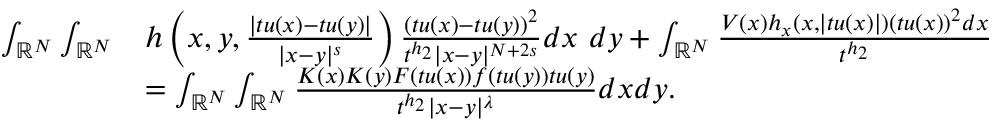
\begin{array} { r l } { \int _ { { \mathbb R } ^ { N } } \int _ { { \mathbb R } ^ { N } } } & { h \left( x , y , \frac { | t u ( x ) - t u ( y ) | } { | x - y | ^ { s } } \right) \frac { ( t u ( x ) - t u ( y ) ) ^ { 2 } } { t ^ { h _ { 2 } } | x - y | ^ { N + 2 s } } d x \ d y + \int _ { { \mathbb R } ^ { N } } \frac { V ( x ) h _ { x } ( x , | t u ( x ) | ) ( t u ( x ) ) ^ { 2 } d x } { t ^ { h _ { 2 } } } } \\ & { = \int _ { { \mathbb R } ^ { N } } \int _ { { \mathbb R } ^ { N } } \frac { K ( x ) K ( y ) F ( t u ( x ) ) f ( t u ( y ) ) t u ( y ) } { t ^ { h _ { 2 } } | x - y | ^ { \lambda } } d x d y . } \end{array}